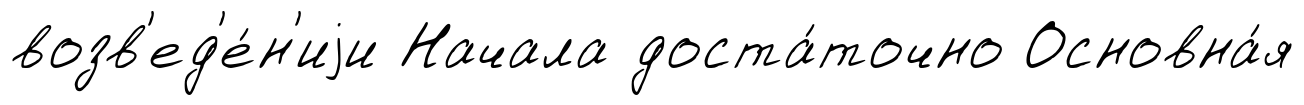
возв'ед'е́н'иjи Начала доста́точно Основна́я